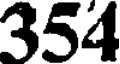
354